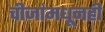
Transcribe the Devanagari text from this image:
चीजांमधूनही